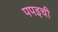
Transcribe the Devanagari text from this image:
पपइची